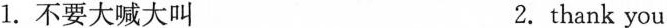
l。不要大喊大叫 2. thank you